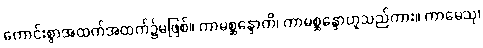
ကောင်းစွာအထက်အထက်၌မဖြစ်။ ကာမစ္ဆန္ဒောတိ၊ ကာမစ္ဆန္ဒောဟူသည်ကား။ ကာမေသု၊